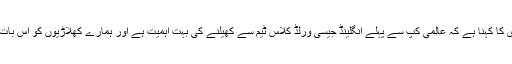
پاکستانی کپتان شاہد آفریدی کا کہنا ہے کہ عالمی کپ سے پہلے انگلینڈ جیسی ورلڈ کلاس ٹیم سے کھیلنے کی بہت اہمیت ہے اور ہمارے کھلاڑیوں کو اس بات کا اچھی طرح اندازہ ہے۔